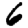
Digit: 6